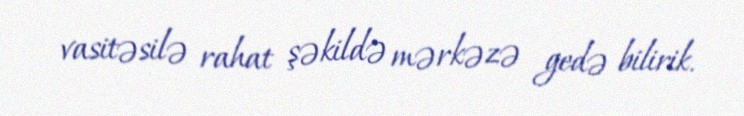
vasitəsilə rahat şəkildə mərkəzə gedə bilirik.